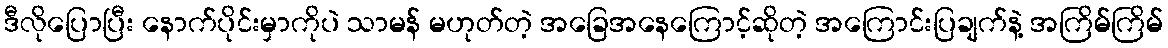
ဒီလိုပြောပြီး နောက်ပိုင်းမှာကိုပဲ သာမန် မဟုတ်တဲ့ အခြေအနေကြောင့်ဆိုတဲ့ အကြောင်းပြချက်နဲ့ အကြိမ်ကြိမ်